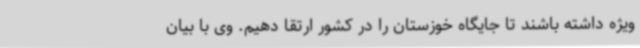
ویژه داشته باشند تا جایگاه خوزستان را در کشور ارتقا دهیم. وی با بیان